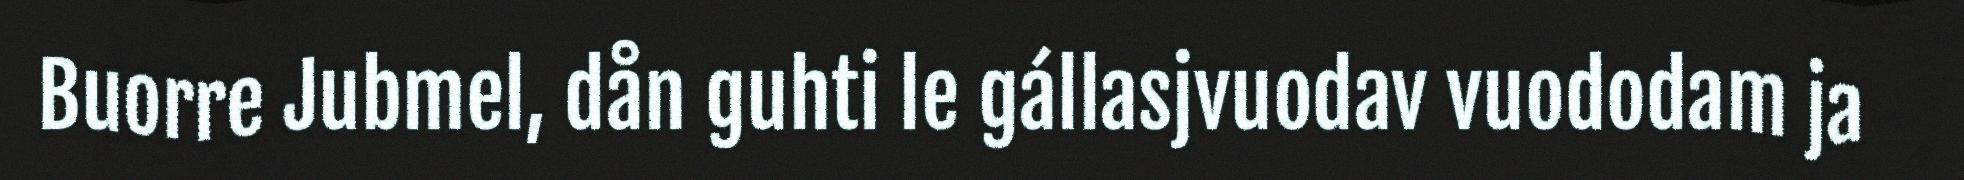
Buorre Jubmel, dån guhti le gállasjvuodav vuododam ja